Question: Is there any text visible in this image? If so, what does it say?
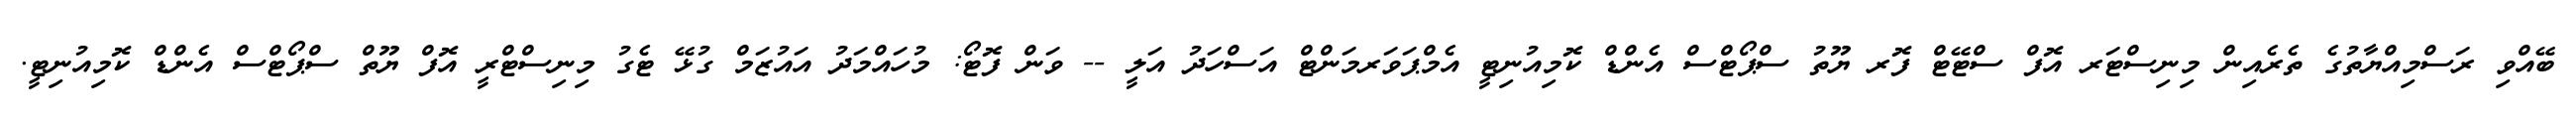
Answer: ބޭއްވި ރަސްމިއްޔާތުގެ ތެރެއިން މިނިސްޓަރ އޮފް ސްޓޭޓް ފޮރ ޔޫތު ސްޕޯޓްސް އެންޑް ކޮމިއުނިޓީ އެމްޕަވަރމަންޓް އަސްހަދު އަލީ -- ވަން ފޮޓޯ: މުހައްމަދު އައުޒަމް ގުޅޭ ޓެގު މިނިސްޓްރީ އޮފް ޔޫތް ސްޕޯޓްސް އެންޑް ކޮމިއުނިޓީ.